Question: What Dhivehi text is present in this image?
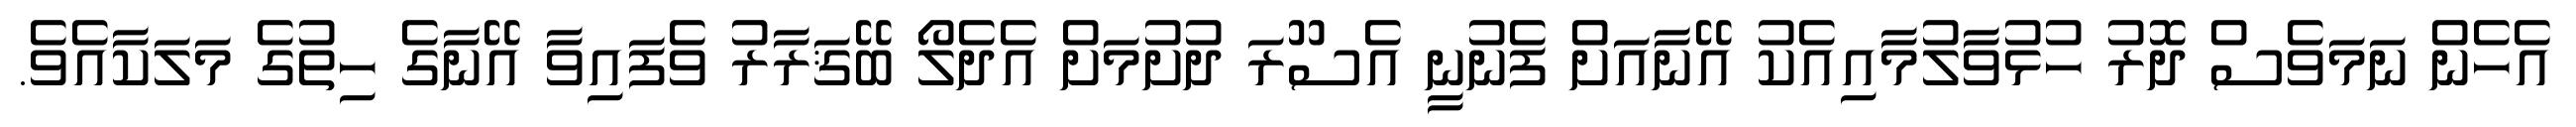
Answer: އެހެން ނަމަވެސް ދޮރު ހުޅުވާލުމާއިއެކު އޭނާއަށް ފެނުނީ އެސޫރަ ދުށުމަށް އެދެލޯ ބޭޤަރާރު ވެފައިވާ އޭނާގެ ހިތުގެ މަލަކާއެވެ.